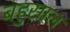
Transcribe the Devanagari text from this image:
बहुसाल